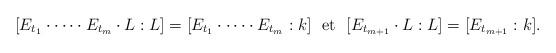
LaTeX: \begin{align*} [E_{t_1} \cdot \cdots \cdot E_{t_{m}} \cdot L:L]=[E_{t_1} \cdot \cdots \cdot E_{t_{m}}:k]\ \ \hbox{\rm et}\ \ [E_{t_{m+1}} \cdot L:L]=[E_{t_{m+1}}:k].\end{align*}